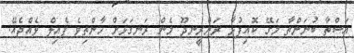
އަސްތާ ބުނަންތާ މަގޭ ކޮއިފުޅާ ރަންރީނދޫ މެން ރަނގަޅަށް ހާންތިވެ ފެއިލް ވެއްޖެއޭ.